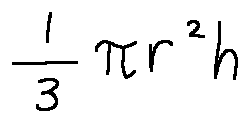
\frac { 1 } { 3 } \pi r ^ { 2 } h